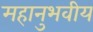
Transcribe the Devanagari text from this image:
महानुभवीय